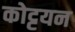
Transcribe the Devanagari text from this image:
कोट्टयन